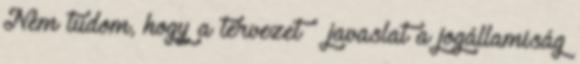
Nem tudom, hogy a tervezet javaslat a jogállamiság